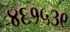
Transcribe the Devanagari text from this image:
४६१५३९